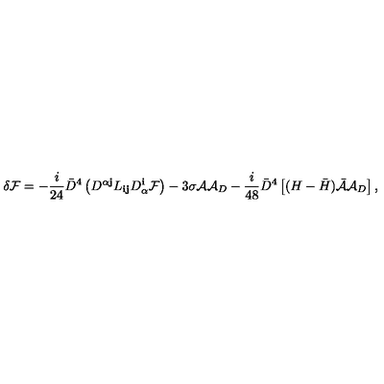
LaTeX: \delta { \cal F } = - \frac { i } { 2 4 } { \bar { D } } ^ { 4 } \left( D ^ { \alpha { \mathbf j } } L _ { { \mathbf i } { \mathbf j } } D _ { \alpha } ^ { \mathbf i } { \cal F } \right) - 3 \sigma { \cal A } { \cal A } _ { D } - \frac { i } { 4 8 } { \bar { D } } ^ { 4 } \left[ ( H - { \bar { H } } ) { \bar { \cal A } } { \cal A } _ { D } \right] ,